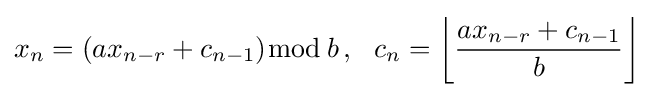
x_{n}=(ax_{n-r}+c_{n-1}){\bmod {\,}}b\,,\ \ c_{n}=\left\lfloor {\frac {ax_{n-r}+c_{n-1}}{b}}\right\rfloor